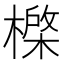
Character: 𰘮